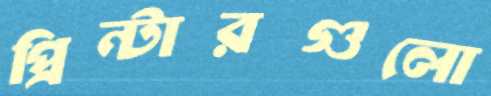
প্রিন্টারগুলো